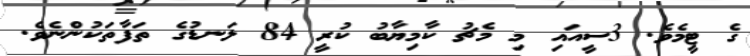
ގެ ޓީމެވެ. 3ސީއައި މި މެޗު ކާމިޔާބު ކުރީ 84 ލަނޑުގެ ތަފާތަކުންނެވެ.